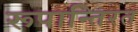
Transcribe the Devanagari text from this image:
रूपान्तिरत